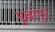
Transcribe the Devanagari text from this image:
मुल्लांपुर